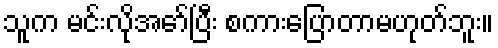
သူက မင်းလိုအော်ပြီး စကားပြောတာမဟုတ်ဘူး။